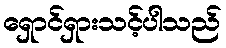
ရှောင်ရှားသင့်ပါသည်